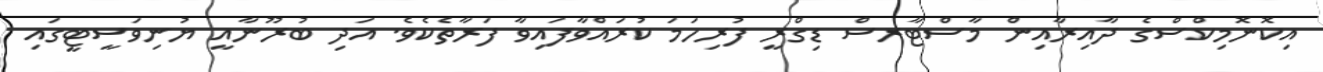
އިކޮނޮމިކްސްގެ ދާއިރާއިން މާސްޓާރސް ޑިގްރީ ފުރިހަމަ ކުރައްވާފައިވާ ފަރާތެކެވެ. އަދި ބުރޫނާއީ ޔުނިވަސީޓީގައި